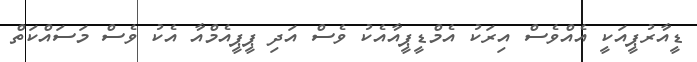
ޑީއާރުޕީއަކީ އެއްވެސް އިރަކު އެމްޑީޕީއާއެކު ވެސް އަދި ޕީޕީއެމްއާ އެކު ވެސް މަސައްކަތް